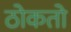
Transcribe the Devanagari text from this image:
ठोकतो